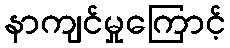
နာကျင်မှုကြောင့်